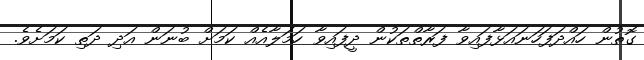
ގޮތުން ހައްދަފަހަނައަޅާފައިވާ ފަރާތްތަކުން ދީފައިވާ ހަމަލާއެއް ކަމަށް ބުނަން އަދި ދަތި ކަމަށެވެ.